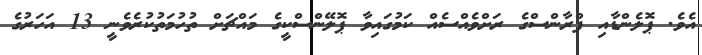
އެވެ. ޕޮލެންޑާއި ފްރާންސްގެ ރަށްވެއްސެއް ކަމުގައިވާ ޕޮލޭންސްކީގެ މައްޗަށް ތުހުމަތުކުރެވެނީ 13 އަހަރުގެ